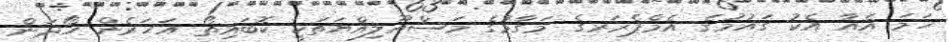
ހަމަ އެއާ އެކު ގައުމުގެ އެމްޕެރަރގެ މަގާމުގެ މަސްއޫލިއްޔަތަކީ ކޮބައިތޯ އަހަރެން ހޯދަން